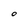
Character: O